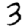
Digit: 3